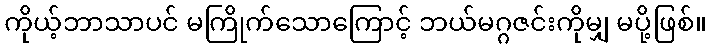
ကိုယ့်ဘာသာပင် မကြိုက်သောကြောင့် ဘယ်မဂ္ဂဇင်းကိုမျှ မပို့ဖြစ်။